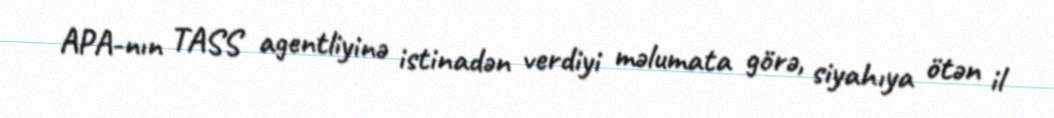
APA-nın TASS agentliyinə istinadən verdiyi məlumata görə, siyahıya ötən il